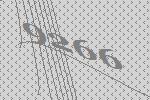
9266